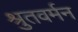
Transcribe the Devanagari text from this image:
श्रुतवर्मन